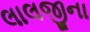
લાલજીના